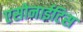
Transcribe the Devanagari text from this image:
एसोनाईटिस